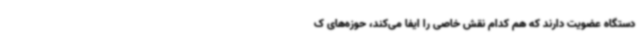
دستگاه عضویت دارند که هم کدام نقش خاصی را ایفا می‌کند، حوزه‌های ک